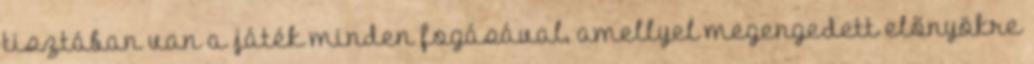
tisztában van a játék minden fogásával, amellyel megengedett előnyökre